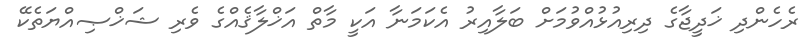
ރެހެންދި ޚަދީޖާގެ ދިރިއުޅުއްވުމަށް ބަލާއިރު އެކަމަނާ އަކީ މާތް އަޚްލާޤެއްގެ ވެރި ޝަޚްޞިއްޔަތެކޭ